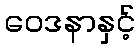
ဝေဒနာနှင့်